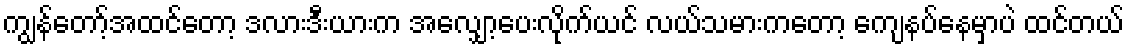
ကျွန်တော့်အထင်တော့ ဒလားဒီးယားက အလျှော့ပေးလိုက်ယင် လယ်သမားကတော့ ကျေနပ်နေမှာပဲ ထင်တယ်